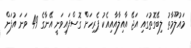
މައުލޫމާތު ލިބޭގޮތުގައި އަޖޭ އާއިލާއާއިއެކު ޕެރިހަށް ގޮސްފައިވަނީ އޭނާގެ 49 ވަނަ އުފަން